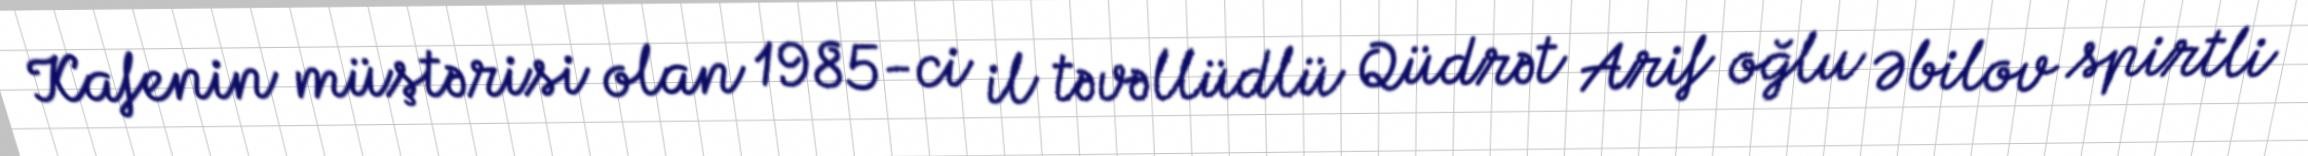
Kafenin müştərisi olan 1985-ci il təvəllüdlü Qüdrət Arif oğlu Əbilov spirtli